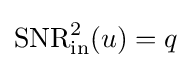
\mathrm {SNR} _{\text{in}}^{2}(u)=q